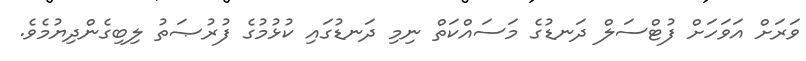
ވަރަށް އަވަހަށް ފުޓްސަލް ދަނޑުގެ މަސައްކަތް ނިމި ދަނޑުގައި ކުޅުމުގެ ފުރުޞަތު ލިބިގެންދިޔުމެވެ.